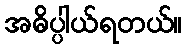
အဓိပ္ပါယ်ရတယ်။